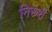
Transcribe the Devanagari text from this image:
निरूरी